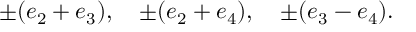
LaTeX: \pm ( e _ { 2 } + e _ { 3 } ) , \quad \pm ( e _ { 2 } + e _ { 4 } ) , \quad \pm ( e _ { 3 } - e _ { 4 } ) .